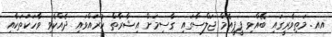
އއ. މަތިވެރީގައި ބޭއްވި ޕީޕީއެމް ޖަލްސާގައި ގާސިމަށް އިޝާރާތް ކުރައްވައި ދެއްކެވި ވާހަކަތަކާއި